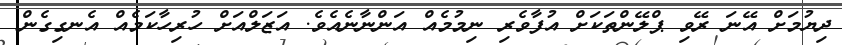
ދިޔުމަށް އޭނަ ރޭވި ޕްލޭންތަކަށް އުފާވެރި ނިމުމެއް އަންނާނެއެވެ. އަޒަލްއަށް ހުރިހާކަމެއް އެނގިގެން